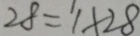
2 8 = 1 \times 2 8